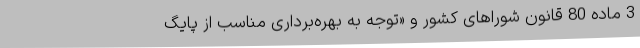
3 ماده 80 قانون شوراهای کشور و «توجه به بهره‌برداری مناسب از پایگ